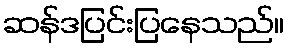
ဆန်ဒပြင်းပြနေသည်။